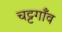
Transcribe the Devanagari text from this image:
चट्टगाँव